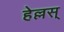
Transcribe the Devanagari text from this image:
हेल्लस्